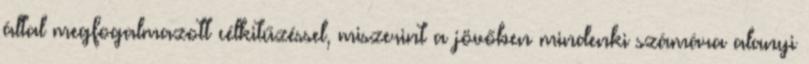
által megfogalmazott célkitűzéssel, miszerint a jövőben mindenki számára alanyi